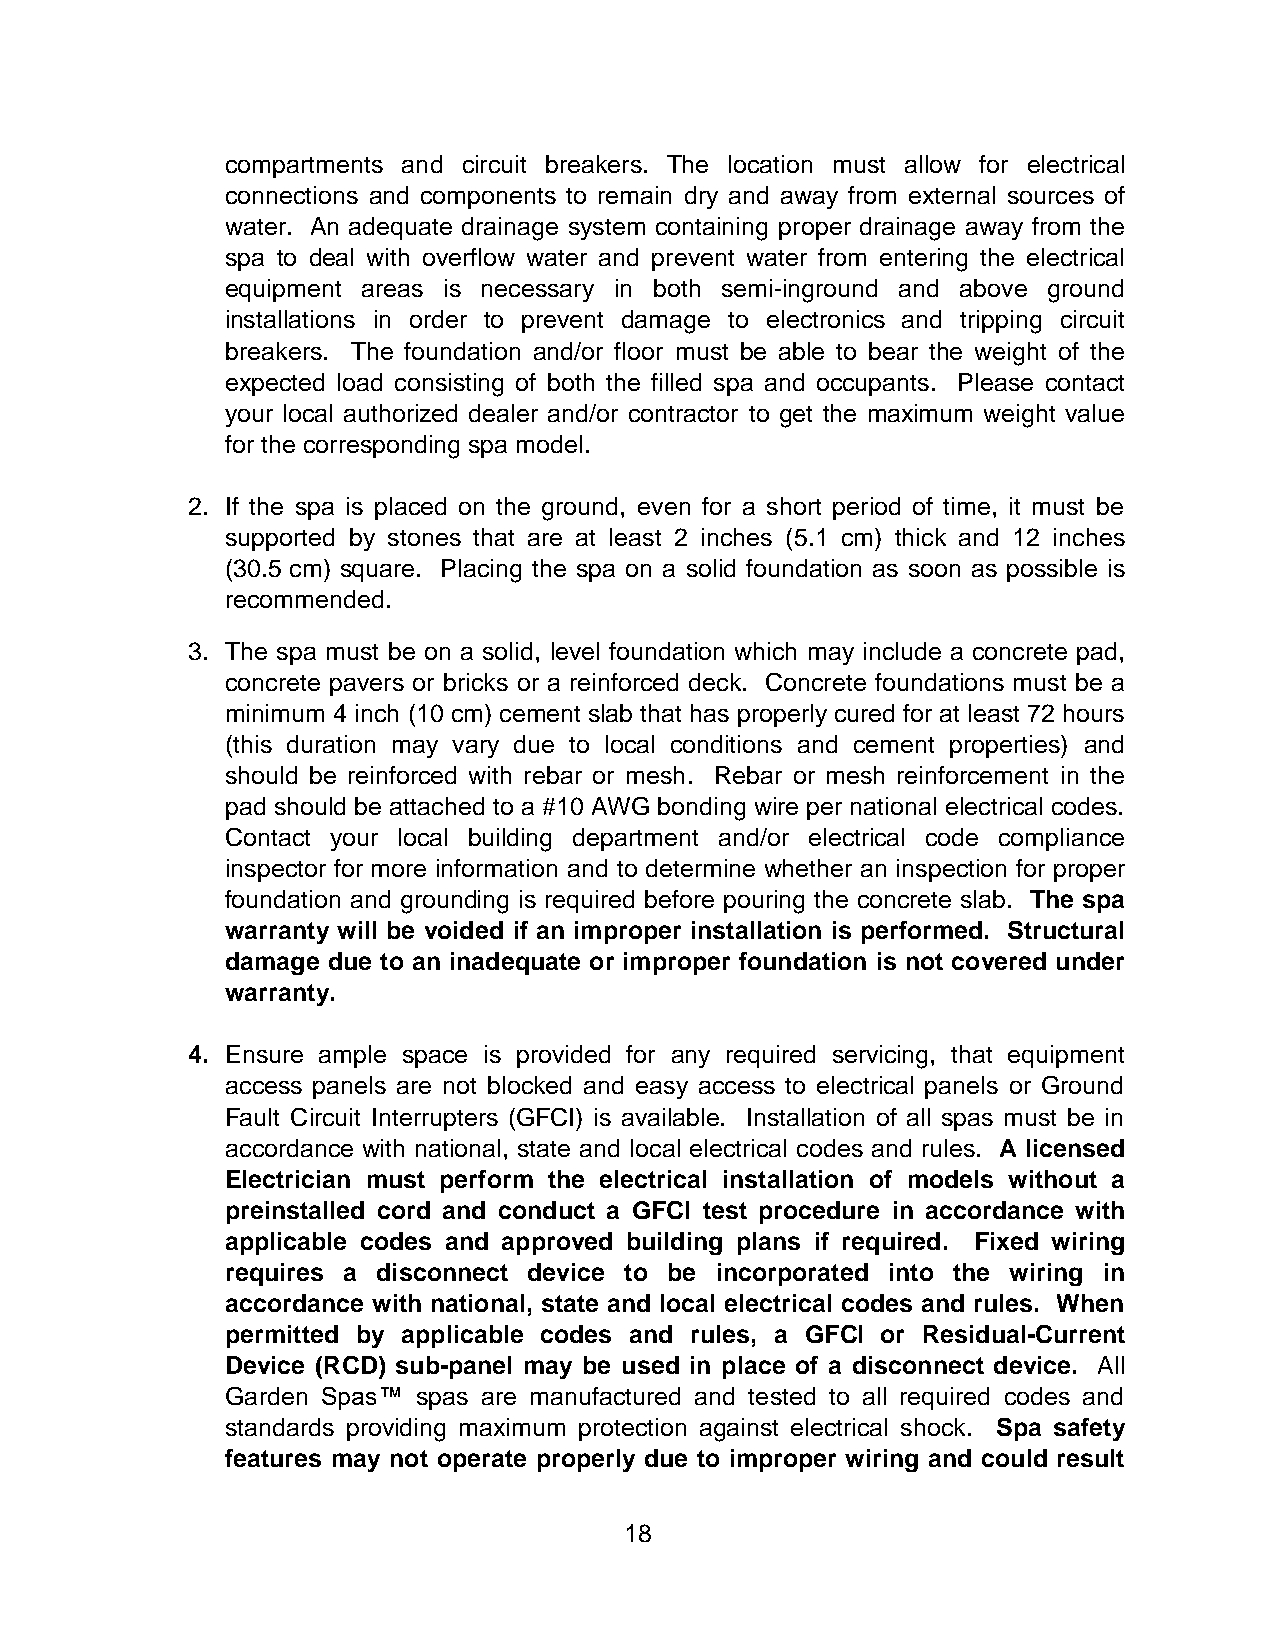
compartments and circuit breakers. The location must allow for electrical
 connections and components to remain dry and away from external sources of
 water. An adequate drainage system containing proper drainage away from the
 spa to deal with overflow water and prevent water from entering the electrical
 equipment areas is necessary in both semi-inground and above ground
 installations in order to prevent damage to electronics and tripping circuit
 breakers. The foundation and/or floor must be able to bear the weight of the
 expected load consisting of both the filled spa and occupants. Please contact
 your local authorized dealer and/or contractor to get the maximum weight value
 for the corresponding spa model.
 2. If the spa is placed on the ground, even for a short period of time, it must be
 supported by stones that are at least 2 inches (5.1 cm) thick and 12 inches
 (30.5 cm) square. Placing the spa on a solid foundation as soon as possible is
 recommended.
 3. The spa must be on a solid, level foundation which may include a concrete pad,
 concrete pavers or bricks or a reinforced deck. Concrete foundations must be a
 minimum 4 inch (10 cm) cement slab that has properly cured for at least 72 hours
 (this duration may vary due to local conditions and cement properties) and
 should be reinforced with rebar or mesh. Rebar or mesh reinforcement in the
 pad should be attached to a #10 AWG bonding wire per national electrical codes.
 Contact your local building department and/or electrical code compliance
 inspector for more information and to determine whether an inspection for proper
 foundation and grounding is required before pouring the concrete slab. The spa
 warranty will be voided if an improper installation is performed. Structural
 damage due to an inadequate or improper foundation is not covered under
 warranty.
 4. Ensure ample space is provided for any required servicing, that equipment
 access panels are not blocked and easy access to electrical panels or Ground
 Fault Circuit Interrupters (GFCI) is available. Installation of all spas must be in
 accordance with national, state and local electrical codes and rules. A licensed
 Electrician must perform the electrical installation of models without a
 preinstalled cord and conduct a GFCI test procedure in accordance with
 applicable codes and approved building plans if required. Fixed wiring
 requires a disconnect device to be incorporated into the wiring in
 accordance with national, state and local electrical codes and rules. When
 permitted by applicable codes and rules, a GFCI or Residual-Current
 Device (RCD) sub-panel may be used in place of a disconnect device. All
 Garden Spas™ spas are manufactured and tested to all required codes and
 standards providing maximum protection against electrical shock. Spa safety
 features may not operate properly due to improper wiring and could result
 18